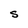
Character: S